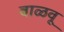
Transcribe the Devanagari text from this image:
वाळवू